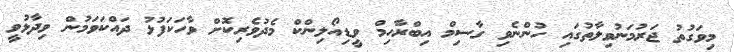
މިވަގުތު ޖަރުމަނުވިލާތުގައި ހުންނެވި ގާސިމް އިބްރާހިމް ވީޑިއޯލިންކް މެދުވެރިކޮށް ވާހަކަފުޅު ދައްކަވަމުން ވިދާޅުވީ